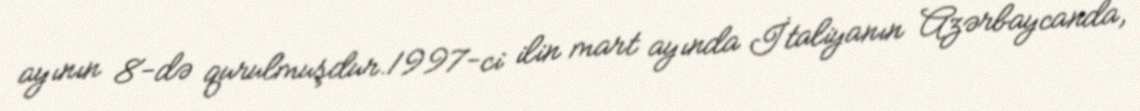
ayının 8-də qurulmuşdur.1997-ci ilin mart ayında İtaliyanın Azərbaycanda,